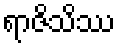
ရာဇိသိဿ